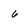
Character: 6